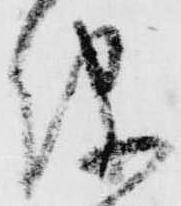
儀